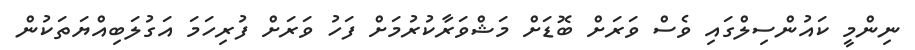
ނިންމީ ކައުންސިލްގައި ވެސް ވަރަށް ބޮޑަށް މަޝްވަރާކުރުމަށް ފަހު ވަރަށް ފުރިހަމަ އަގުލަބިއްޔަތަކުން